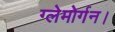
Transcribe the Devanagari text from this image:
ग्लेमोर्गन।